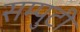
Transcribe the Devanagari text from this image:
सम्पुटी